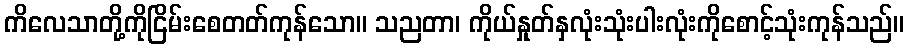
ကိလေသာတို့ကိုငြိမ်းစေတတ်ကုန်သော။ သညတာ၊ ကိုယ်နှုတ်နှလုံးသုံးပါးလုံးကိုစောင့်သုံးကုန်သည်။